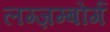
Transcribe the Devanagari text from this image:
लग्ज़म्बोर्ग